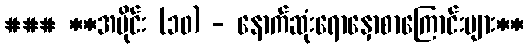
### **အပိုင်း (၁၀) - နောက်ဆုံးရောနှောစာကြောင်းများ**